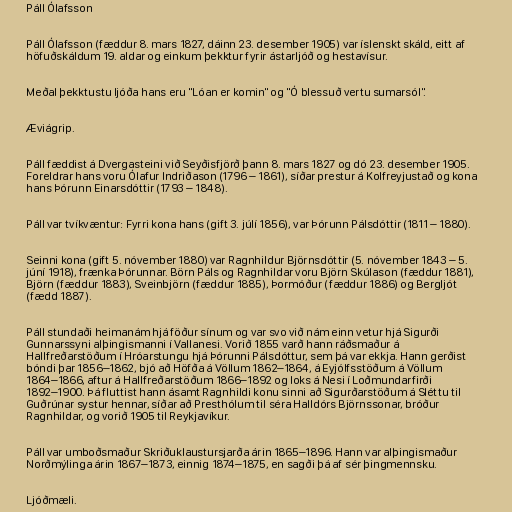
Páll Ólafsson

Páll Ólafsson (fæddur 8. mars 1827, dáinn 23. desember 1905) var íslenskt skáld, eitt af
höfuðskáldum 19. aldar og einkum þekktur fyrir ástarljóð og hestavísur.

Meðal þekktustu ljóða hans eru "Lóan er komin" og "Ó blessuð vertu sumarsól".

Æviágrip.

Páll fæddist á Dvergasteini við Seyðisfjörð þann 8. mars 1827 og dó 23. desember 1905.
Foreldrar hans voru Ólafur Indriðason (1796 – 1861), síðar prestur á Kolfreyjustað og kona
hans Þórunn Einarsdóttir (1793 – 1848).

Páll var tvíkvæntur: Fyrri kona hans (gift 3. júlí 1856), var Þórunn Pálsdóttir (1811 – 1880).

Seinni kona (gift 5. nóvember 1880) var Ragnhildur Björnsdóttir (5. nóvember 1843 – 5.
júní 1918), frænka Þórunnar. Börn Páls og Ragnhildar voru Björn Skúlason (fæddur 1881),
Björn (fæddur 1883), Sveinbjörn (fæddur 1885), Þormóður (fæddur 1886) og Bergljót
(fædd 1887).

Páll stundaði heimanám hjá föður sínum og var svo við nám einn vetur hjá Sigurði
Gunnarssyni alþingismanni í Vallanesi. Vorið 1855 varð hann ráðsmaður á
Hallfreðarstöðum í Hróarstungu hjá Þórunni Pálsdóttur, sem þá var ekkja. Hann gerðist
bóndi þar 1856–1862, bjó að Höfða á Völlum 1862–1864, á Eyjólfsstöðum á Völlum
1864–1866, aftur á Hallfreðarstöðum 1866–1892 og loks á Nesi í Loðmundarfirði
1892–1900. Þá fluttist hann ásamt Ragnhildi konu sinni að Sigurðarstöðum á Sléttu til
Guðrúnar systur hennar, síðar að Presthólum til séra Halldórs Björnssonar, bróður
Ragnhildar, og vorið 1905 til Reykjavíkur.

Páll var umboðsmaður Skriðuklaustursjarða árin 1865–1896. Hann var alþingismaður
Norðmýlinga árin 1867–1873, einnig 1874–1875, en sagði þá af sér þingmennsku.

Ljóðmæli.